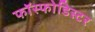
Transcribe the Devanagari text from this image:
फॉस्फोडिस्टर